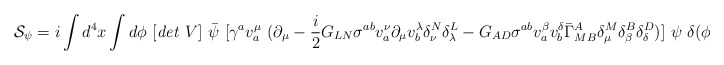
\begin{align*}{\cal S}_\psi=i\int d^4x \int d\phi~[{\it det}~V]~\bar{\psi}~[\gamma^{a}v^\mu_a~(\partial_\mu-\frac{i}{2}G_{LN}\sigma^{ab}v^\nu_a\partial_\mu v^\lambda_b\delta^N_\nu\delta^L_\lambda-G_{AD}\sigma^{ab}v^\beta_a v^\delta_b{\bar{\Gamma}_{MB}}^A\delta^M_\mu\delta^B_\beta\delta^D_\delta)]~\psi~\delta(\phi-\pi)\end{align*}